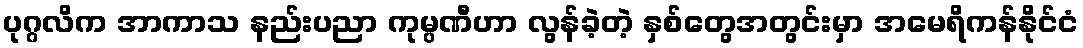
ပုဂ္ဂလိက အာကာသ နည်းပညာ ကုမ္ပဏီဟာ လွန်ခဲ့တဲ့ နှစ်တွေအတွင်းမှာ အမေရိကန်နိုင်ငံ